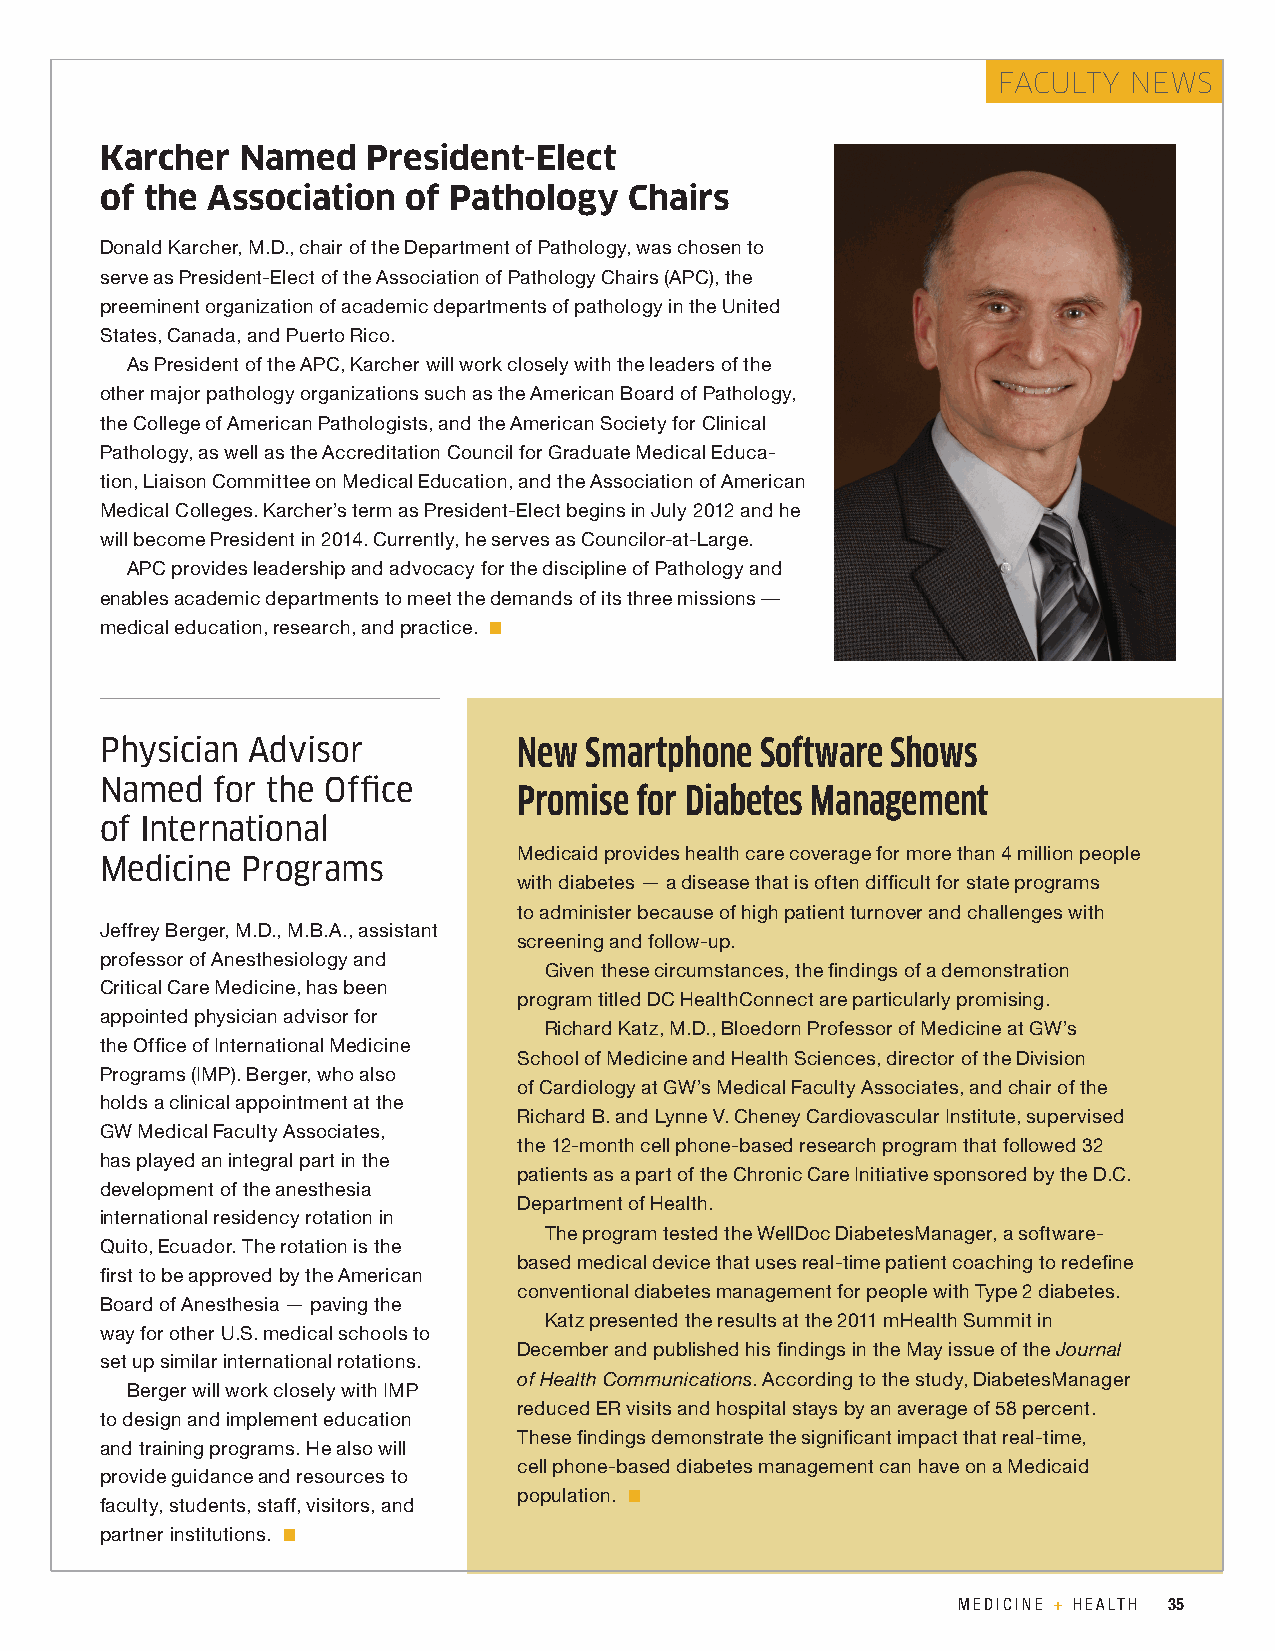
FACULTY  NEWS
 Karcher  Named   President-Elect
 of the Association  of Pathology   Chairs
 Donald Karcher, M.D., chair of the Department of Pathology, was chosen to
 serve as President-Elect of the Association of Pathology Chairs (APC), the
 preeminent organization of academic departments of pathology in the United
 States, Canada, and Puerto Rico.
 As President of the APC, Karcher will work closely with the leaders of the
 other major pathology organizations such as the American Board of Pathology,
 the College of American Pathologists, and the American Society for Clinical
 Pathology, as well as the Accreditation Council for Graduate Medical Educa-
 tion, Liaison Committee on Medical Education, and the Association of American
 Medical Colleges. Karcher’s term as President-Elect begins in July 2012 and he
 will become President in 2014. Currently, he serves as Councilor-at-Large.
 APC provides leadership and advocacy for the discipline of Pathology and
 enables academic departments to meet the demands of its three missions —
 medical education, research, and practice. n
 Physician Advisor          New  Smartphone Software Shows
 Named  for the Office
 Promise for Diabetes Management
 of International
 Medicaid provides health care coverage for more than 4 million people
 Medicine Programs
 with diabetes — a disease that is often difficult for state programs
 to administer because of high patient turnover and challenges with
 Jeffrey Berger, M.D., M.B.A., assistant
 screening and follow-up.
 professor of Anesthesiology and
 Given these circumstances, the findings of a demonstration
 Critical Care Medicine, has been
 program titled DC HealthConnect are particularly promising.
 appointed physician advisor for
 Richard Katz, M.D., Bloedorn Professor of Medicine at GW’s
 the Office of International Medicine
 School of Medicine and Health Sciences, director of the Division
 Programs (IMP). Berger, who also
 of Cardiology at GW’s Medical Faculty Associates, and chair of the
 holds a clinical appointment at the
 Richard B. and Lynne V. Cheney Cardiovascular Institute, supervised
 GW Medical Faculty Associates,
 the 12-month cell phone-based research program that followed 32
 has played an integral part in the
 patients as a part of the Chronic Care Initiative sponsored by the D.C.
 development of the anesthesia
 Department of Health.
 international residency rotation in
 The program tested the WellDoc DiabetesManager, a software-
 Quito, Ecuador. The rotation is the
 based medical device that uses real-time patient coaching to redefine
 first to be approved by the American
 conventional diabetes management for people with Type 2 diabetes.
 Board of Anesthesia — paving the
 Katz presented the results at the 2011 mHealth Summit in
 way for other U.S. medical schools to
 December and published his findings in the May issue of the Journal
 set up similar international rotations.
 of Health Communications. According to the study, DiabetesManager
 Berger will work closely with IMP
 reduced ER visits and hospital stays by an average of 58 percent.
 to design and implement education
 These findings demonstrate the significant impact that real-time,
 and training programs. He also will
 cell phone-based diabetes management can have on a Medicaid
 provide guidance and resources to
 population. n
 faculty, students, staff, visitors, and
 partner institutions. n
 34 smhs.gwumc.edu • SPRING 2012                                 MEDICINE + HEALTH 35